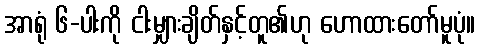
အာရုံ ၆-ပါးကို ငါးမျှားချိတ်နှင့်တူ၏ဟု ဟောထားတော်မူပုံ။